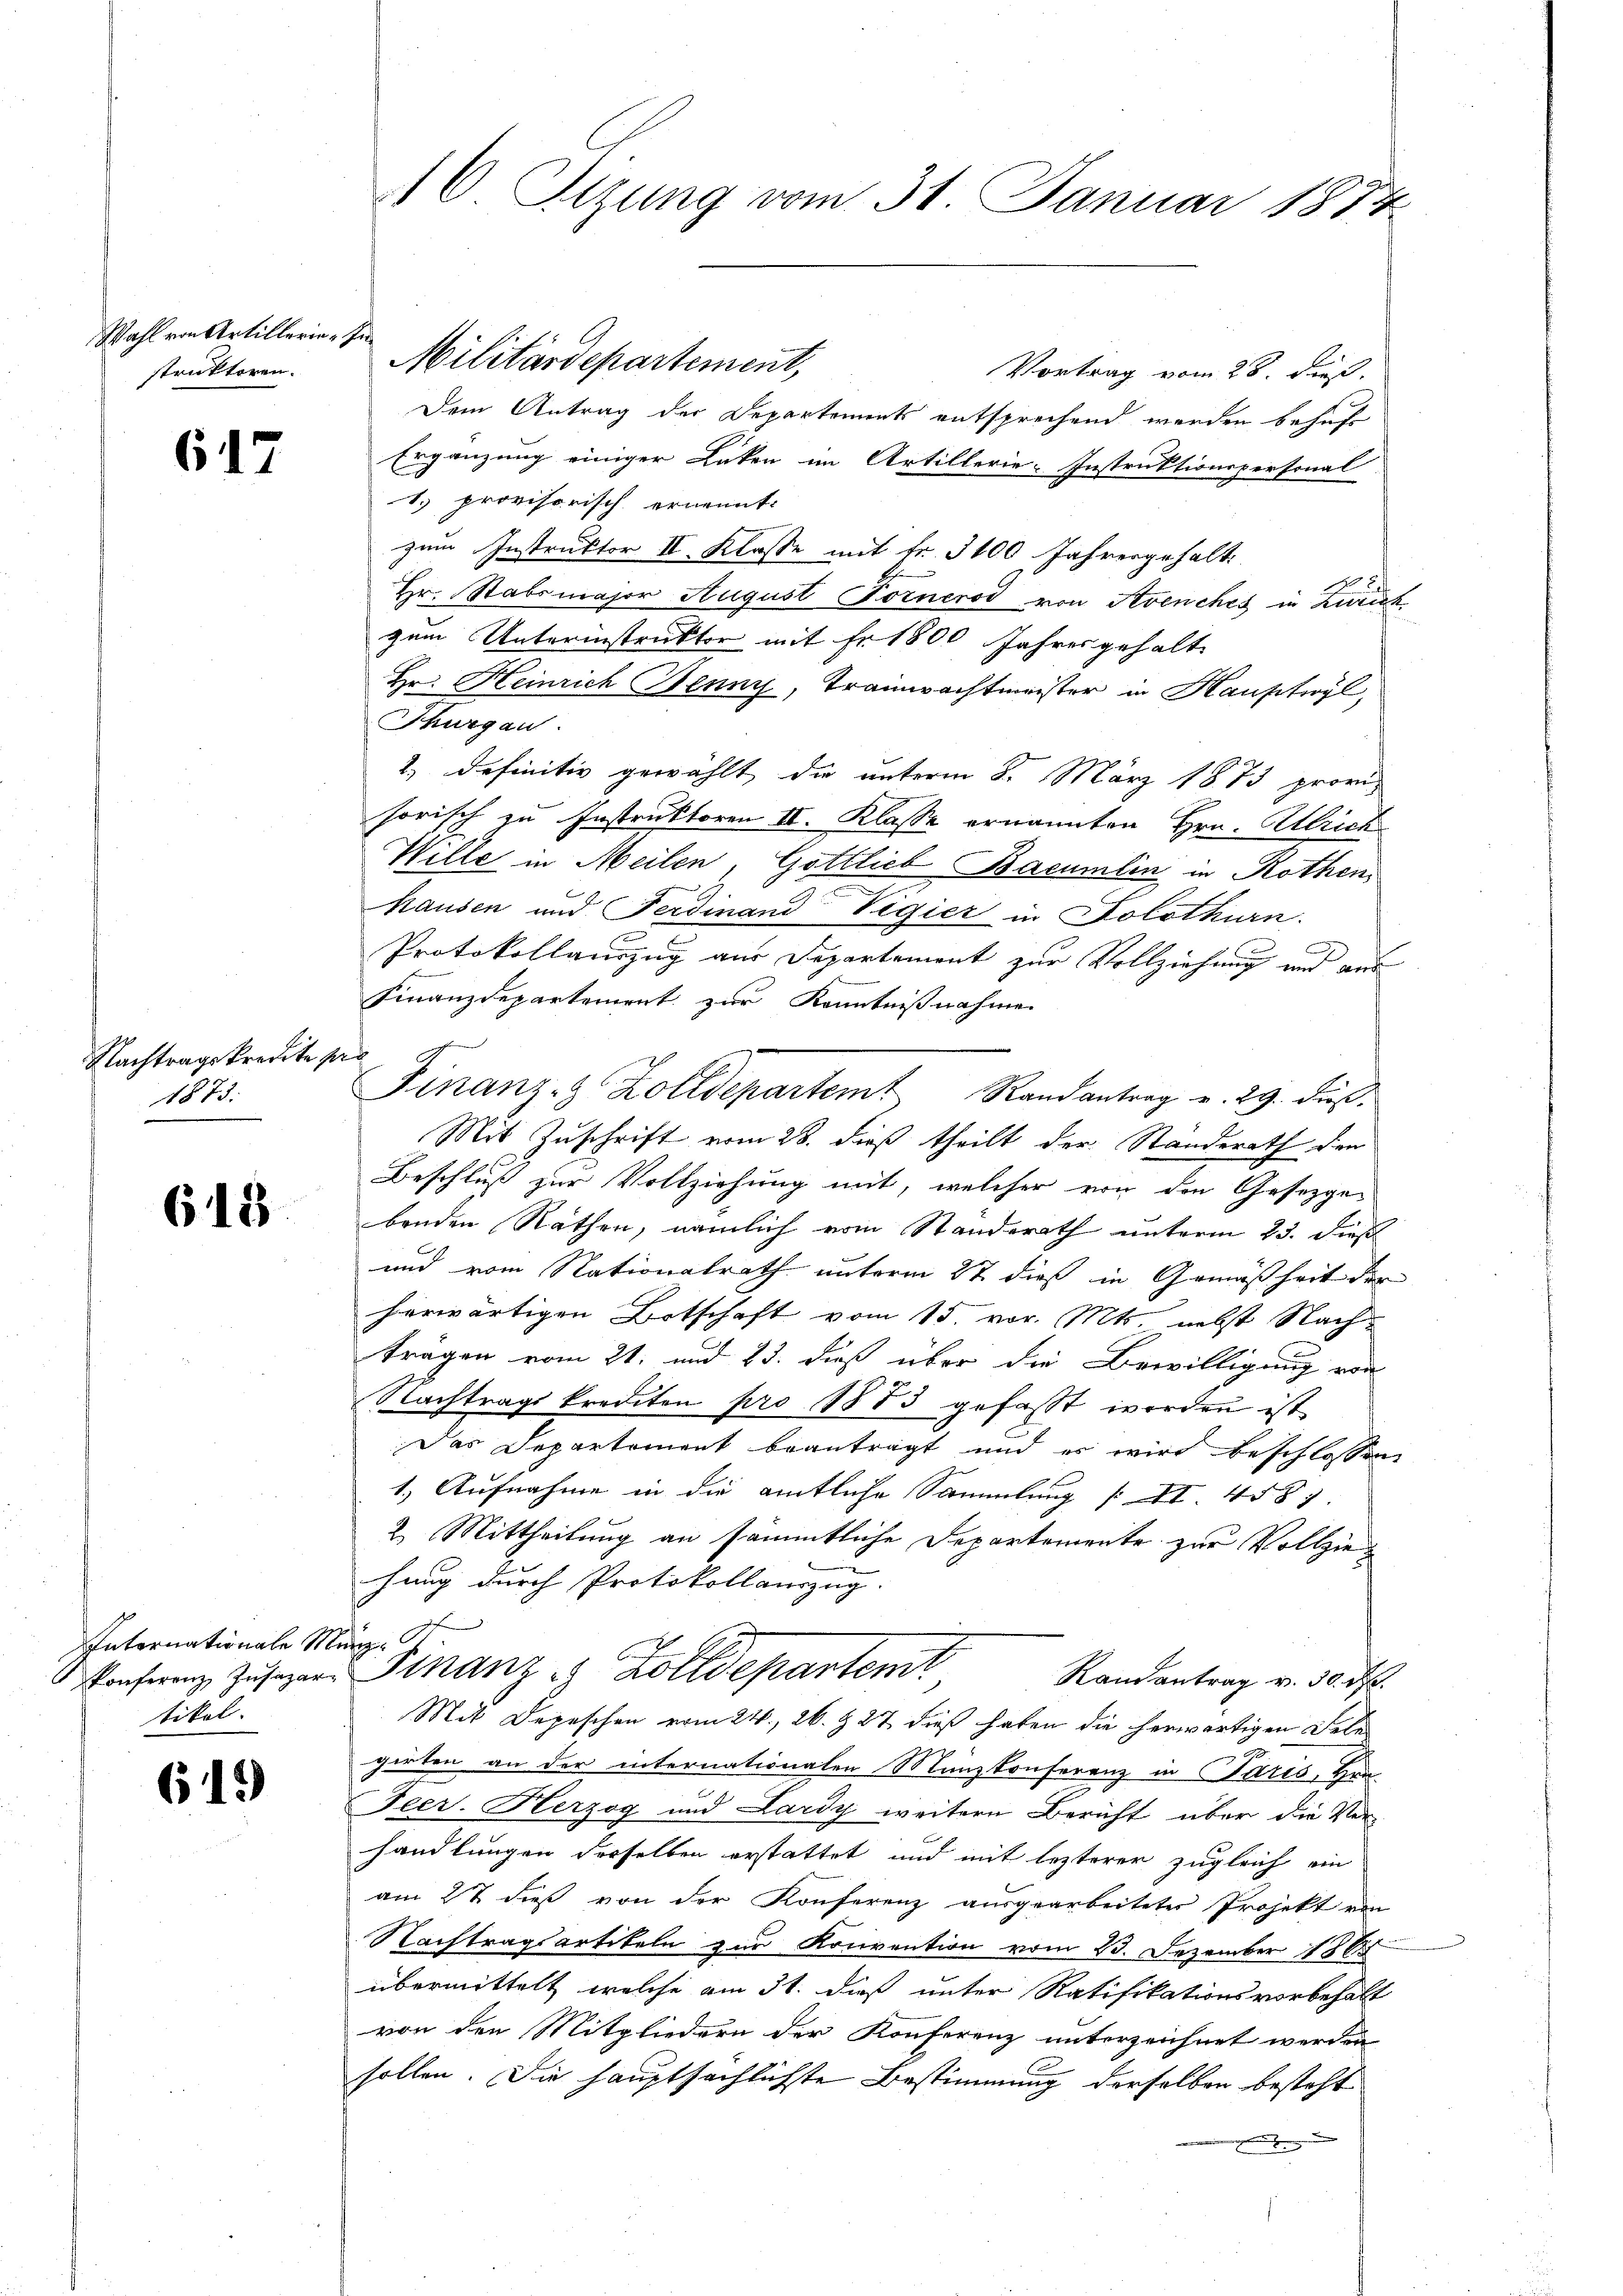
Wahl von Artillerie-Instruktoren.

617

Nachtragskredite p
1873.

618

Internationale Münz¬
Konferenz, Insazartikel.

619)

16 Sitzung vom 31. Januar 1874.

Vortrag vom 28. ds.
Dem Antrag der Departements entsprechend werden behuf
Ergänzung einiger Laken im Artillerie-Instruktionspersonal
1. provisorisch ernennt:
zum Instruktor II. Klasse mit fr. 3100 Jahresgehalt
Hr. Stabsmajor August Fornerod von Avenches in Zürich
zum Unterinstruktor mit Fr. 1800 Jahres gehalte
Hr. Heinrich Jenny, Traunwachtmeister in Hauptwyl,
Thurgau.
2.) Definitiv gewählt, die unterm 8. März 1873 promhorisch zu Instruktoren II. Klasse ernannten Hrn. Ulrich
Wille in Meilen, Gottlieb Bacumlin in Rothen,
hausen und Ferdinand Vigier in Solothurn.
Protokollauszug aus Departement zur Vollziehung und aus
Finanzdepartement zur Kenntnißnahme
2
Mit Zuschrift vom 28. dieß theilt der Standerath den
Beschluß zur Vollziehung mit, welcher von den Gesetzger
benden Rathen, nämlich vom Standerath unterm 23. dieß
und vom Nationalrath unterm 27. dieß in Gemäßheit der
herwärtigen Botschaft vom 15. vor. Mts. nebst Nachträgen vom 21. und 23. dieß über die Bewilligung von
Nachtrags krediten pro 1873 gefasst worden ist
Das Departement beantragt und es wird beschlossen,
1.) Aufnahme in die amtliche Sammlung II 4587.
2. Mittheilung an sämmtliche Departemente zur Vollziehung durch Protokollauszug.
Finanz - Zolldepartemt
Randantrag v. 30. M.
Mit Depeschen vom 24., 26. 927 dieß haben die herwärtigen Felle
girten an der internationalen Manzkonferenz in Paris, Hin
Feer. Herzog und Lardy weitere Bericht über die Ver-
handlungen derselben erstattet und mit lezterer zugleich ein
am 27 dieß von der Konferenz ausgearbeiteter Projekt von
Nachtragsartikeln zur Konvention vom 23. Dezember 1888
übermittelt, welche am 31. dieß unter Ratifikationsvorbehalt
von den Mitgliedern der Konferenz unterzeichnet werden
sollen. Die hauptsächlichste Bestimmung derselben besteht

Militärdepartement,

Finanz- & Zolldepartem Randantrag v. 29. dieß.